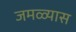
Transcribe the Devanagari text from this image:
जमळ्यास